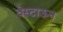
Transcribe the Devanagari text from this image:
वेस्टाऊन